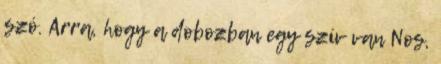
szó. Arra, hogy a dobozban egy szív van Nos,